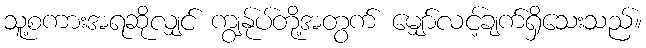
သူ့စကားအရဆိုလျှင် ကျွန်ုပ်တို့အတွက် မျှော်လင့်ချက်ရှိသေးသည်။